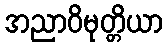
အညာဝိမုတ္တိယာ